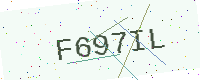
Text: F697IL